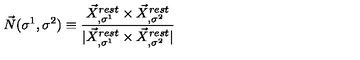
\vec { N } ( \sigma ^ { 1 } , \sigma ^ { 2 } ) \equiv \frac { \vec { X } _ { , \sigma ^ { 1 } } ^ { r e s t } \times \vec { X } _ { , \sigma ^ { 2 } } ^ { r e s t } } { | \vec { X } _ { , \sigma ^ { 1 } } ^ { r e s t } \times \vec { X } _ { , \sigma ^ { 2 } } ^ { r e s t } | }